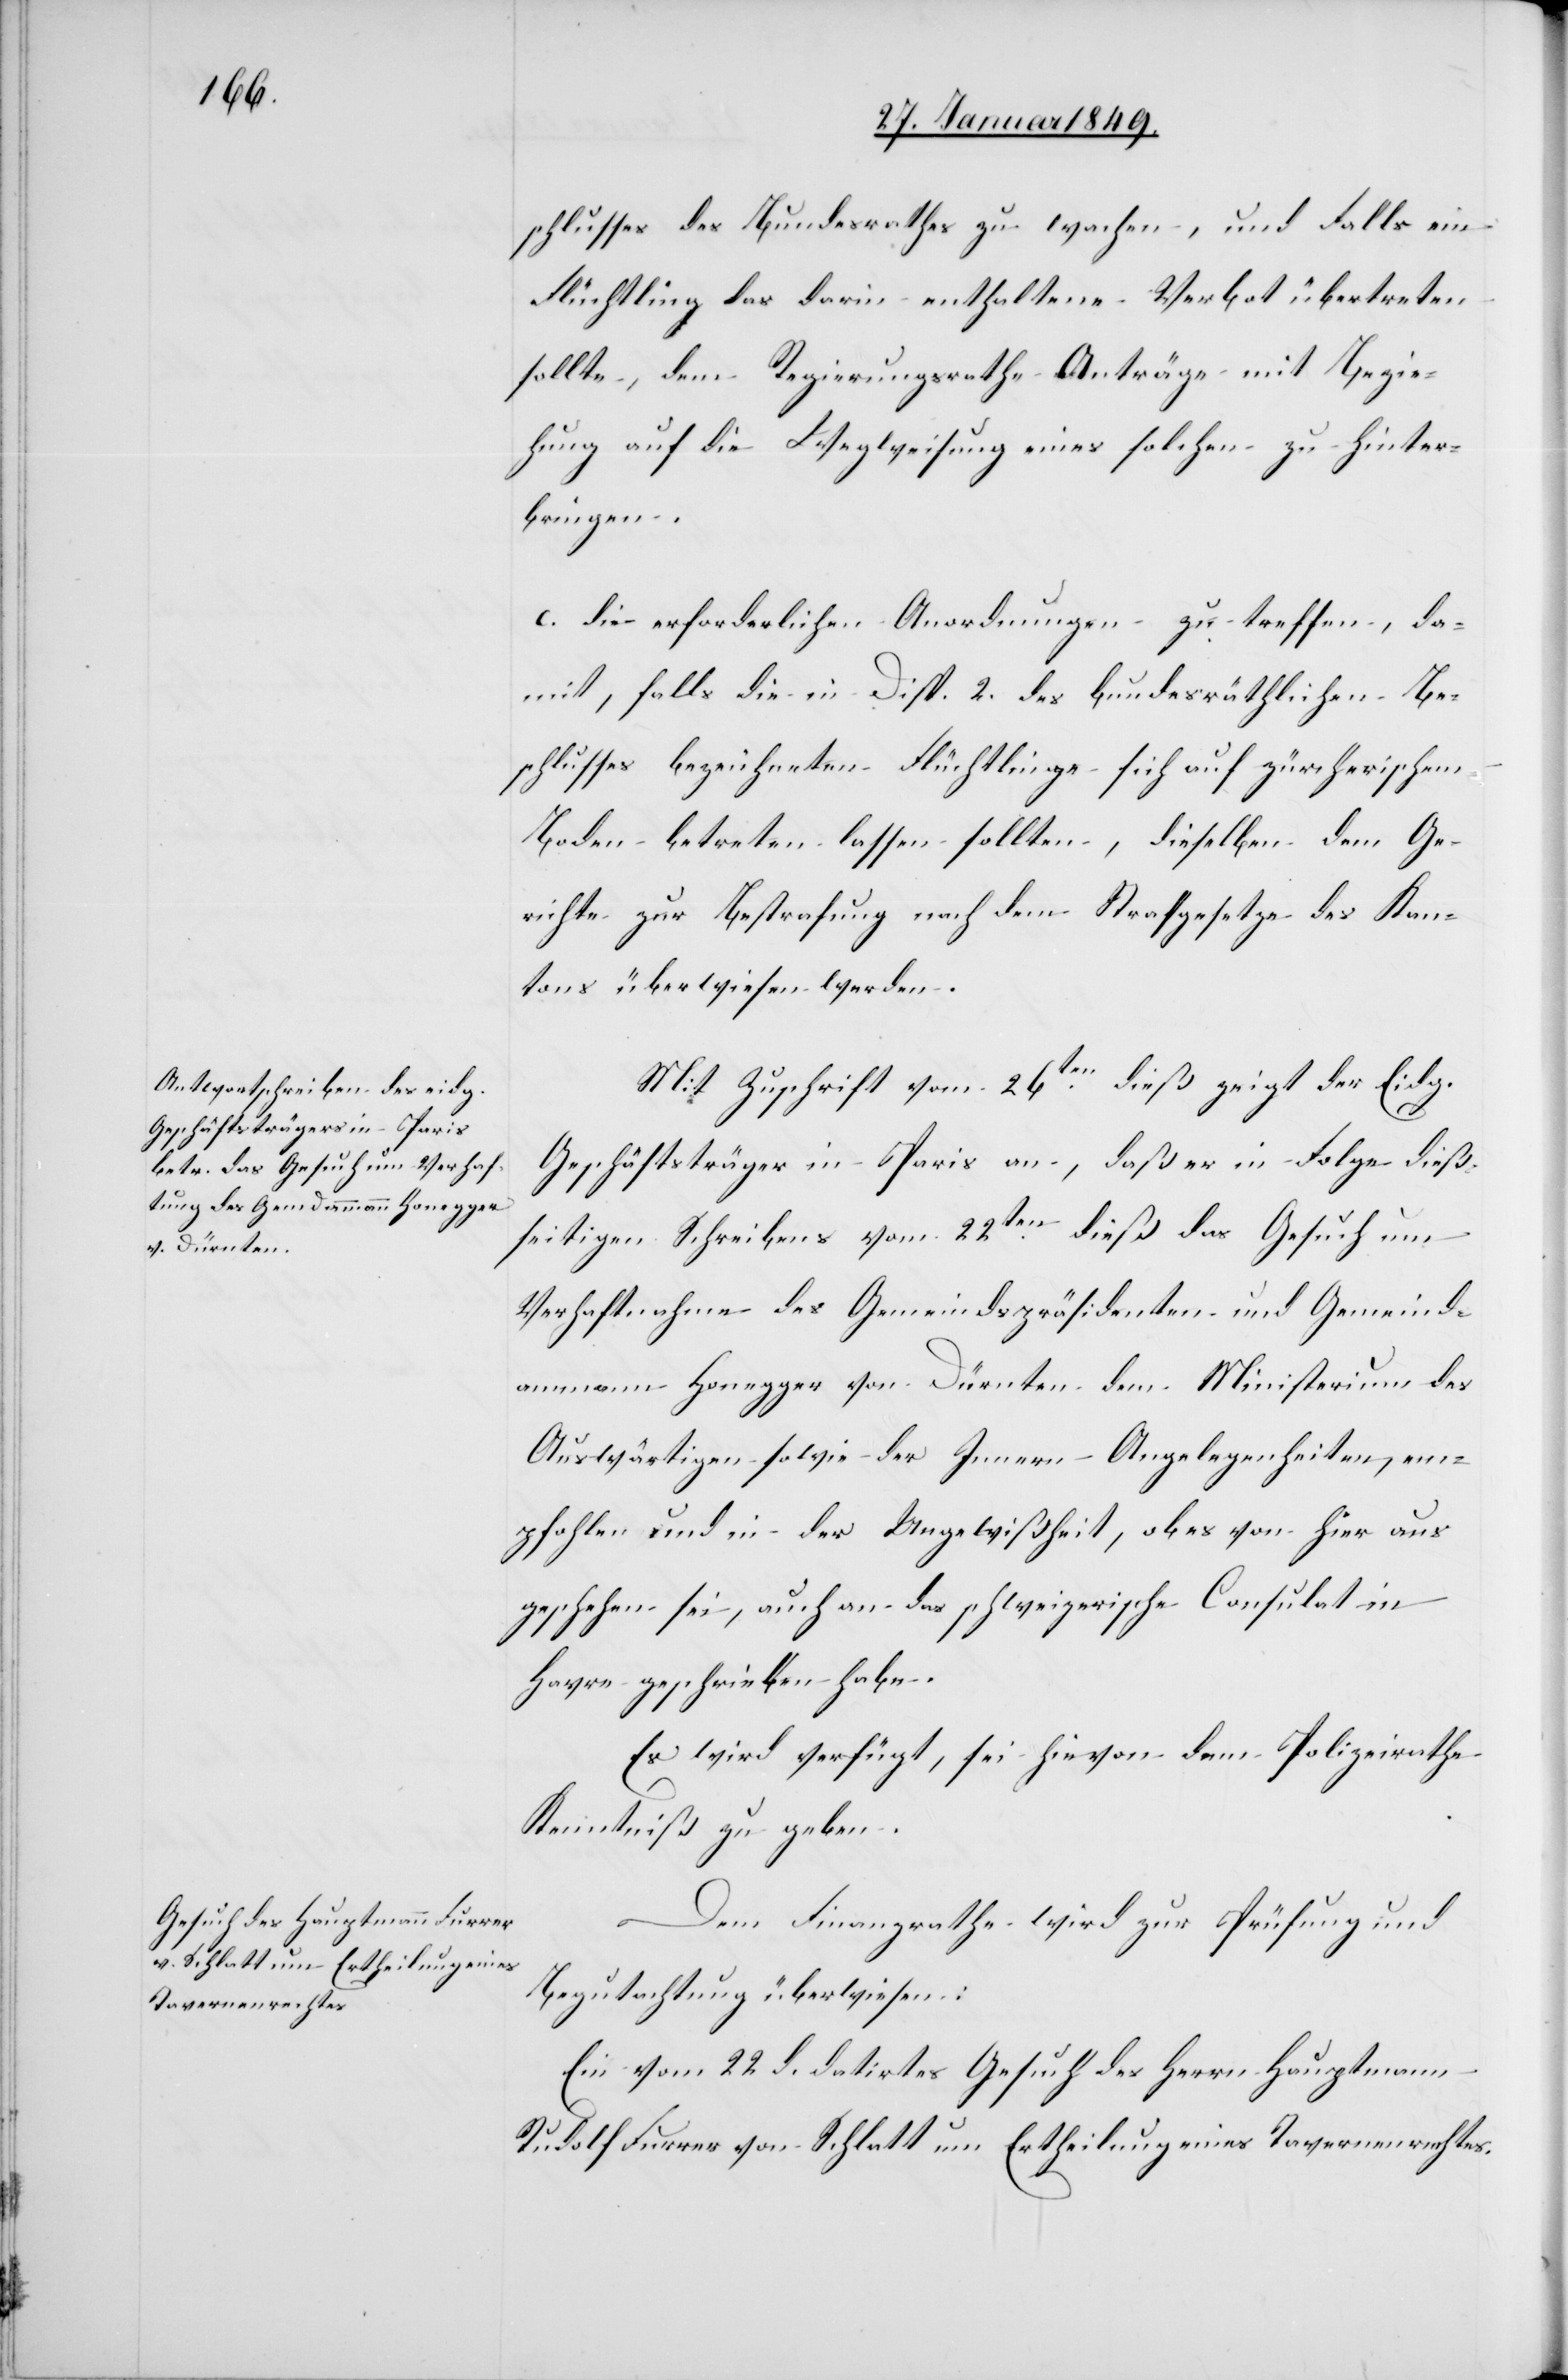
30. Januar 1849.]
schlusses des Bundesrathes zu wachen, und Falls ein
Flüchtling das darin enthaltene Verbot übertreten
sollte, dem Regierungsrath Anträge mit Bezie¬
hung auf die Wegweisung eines solchen zu hinter¬
bringen.
c. die erforderlichen Anordnungen zu treffen, da¬
mit, falls die in Disp. 2. des bundesräthlichen Be¬
schlusses bezeichneten Flüchtlinge sich auf zürcherischem
Boden betreten lassen sollten, dieselben dem Ge¬
richte zur Bestrafung nach dem Strafgesetze des Kan¬
tons überwiesen werden.
Mit Zuschrift vom 26ten. dieß zeigt der Eidg.
Geschäftsträger in Paris an, daß er in Folge dieß¬
seitigen Schreibens vom 22ten. dieß das Gesuch um
Verhaftnahme des Gemeindspräsidenten und Gemeind¬
ammann Honegger von Dürnten dem Ministerium des
Auswärtigen sowie der Innern Angelegenheiten, em¬
pfohlen und in der Ungewißheit, ob es von hier aus
geschehen sei, auch an das schweizerische Consulat in
Havre geschrieben habe.
Es wird verfügt, sei hievon dem Polizeirathe
Kenntniß zu geben.
Dem Finanzrathe wird zur Prüfung und
Begutachtung überwiesen:
Ein vom 22 d. datirtes Gesuch des Herrn Hauptmann
Rudolf Furrer von Schlatt um Ertheilung eines Tavernenrechtes.